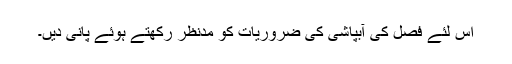
اس لئے فصل کی آبپاشی کی ضروریات کو مدنظر رکھتے ہوئے پانی دیں۔